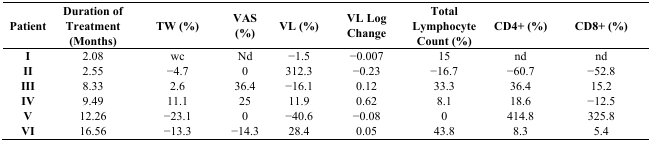
<table><thead><tr><td><b>Patient</b></td><td><b>Duration of Treatment (Months)</b></td><td><b>TW (%)</b></td><td><b>VAS (%)</b></td><td><b>VL (%)</b></td><td><b>VL Log Change</b></td><td><b>Total Lymphocyte Count (%)</b></td><td><b>CD4+ (%)</b></td><td><b>CD8+ (%)</b></td></tr></thead><tbody><tr><td><b>I</b></td><td>2.08</td><td>wc</td><td>Nd</td><td>−1.5</td><td>−0.007</td><td>15</td><td>nd</td><td>nd</td></tr><tr><td><b>II</b></td><td>2.55</td><td>−4.7</td><td>0</td><td>312.3</td><td>−0.23</td><td>−16.7</td><td>−60.7</td><td>−52.8</td></tr><tr><td><b>III</b></td><td>8.33</td><td>2.6</td><td>36.4</td><td>−16.1</td><td>0.12</td><td>33.3</td><td>36.4</td><td>15.2</td></tr><tr><td><b>IV</b></td><td>9.49</td><td>11.1</td><td>25</td><td>11.9</td><td>0.62</td><td>8.1</td><td>18.6</td><td>−12.5</td></tr><tr><td><b>V</b></td><td>12.26</td><td>−23.1</td><td>0</td><td>−40.6</td><td>−0.08</td><td>0</td><td>414.8</td><td>325.8</td></tr><tr><td><b>VI</b></td><td>16.56</td><td>−13.3</td><td>−14.3</td><td>28.4</td><td>0.05</td><td>43.8</td><td>8.3</td><td>5.4</td></tr></tbody></table>